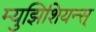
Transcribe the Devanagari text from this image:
म्युझिशियन्स्